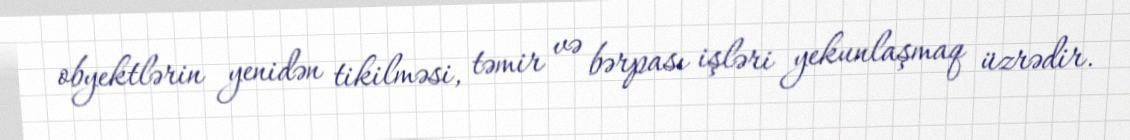
obyektlərin yenidən tikilməsi, təmir və bərpası işləri yekunlaşmaq üzrədir.